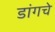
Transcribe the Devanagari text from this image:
डांगचे